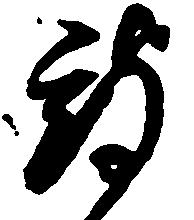
被